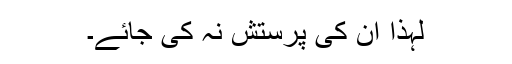
لہذا ان کی پرستش نہ کی جائے۔